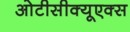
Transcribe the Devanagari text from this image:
ओटीसीक्यूएक्स